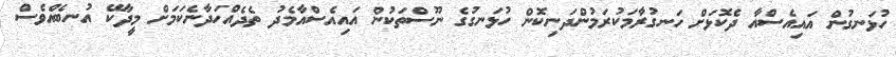
ހުޅަނގުން އައިއެސްއާ ދެކޮޅަށް ހަނގުރާމަކުރަމުންދަނިކޮން ހުޅަނގުގެ ނޫސްތަކުން އައިއެސްއާމެދު ތެދެއްހަދާނެކަމަށް މީދާކޭ އުނބެއްވެސް